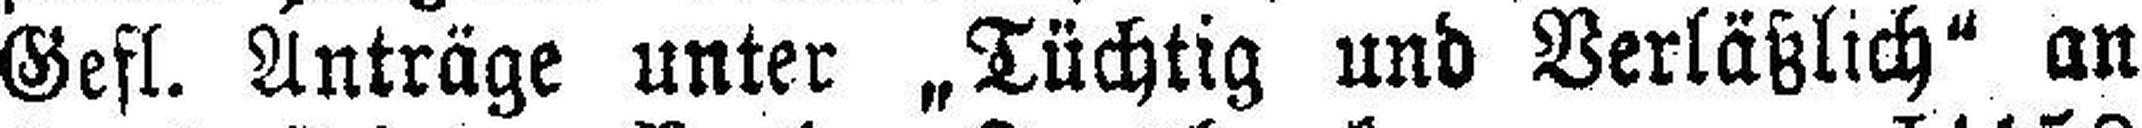
Gefl. Anträge unter „Tüchtig und Verläßlich“ an